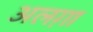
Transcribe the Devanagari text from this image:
अलग़ा